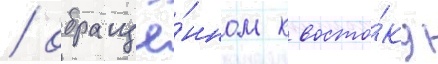
/ обращё́нном к восто́ку